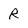
Character: R